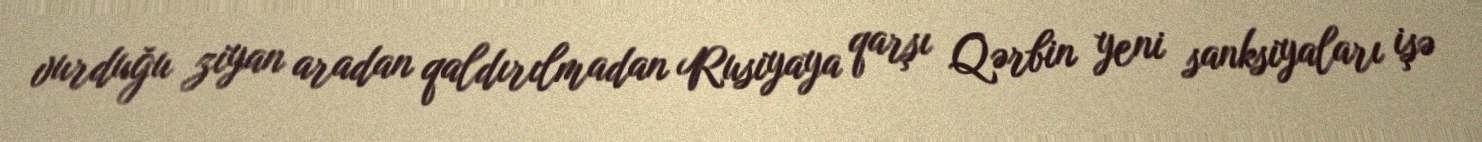
vurduğu ziyan aradan qaldırılmadan Rusiyaya qarşı Qərbin yeni sanksiyaları işə